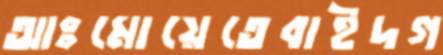
আঃমোয়েতেবাইদগ